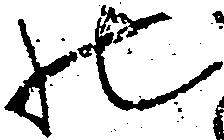
の